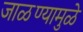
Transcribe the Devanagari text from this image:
जाळण्यामुळे